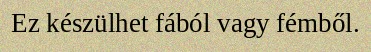
Ez készülhet fából vagy fémből.